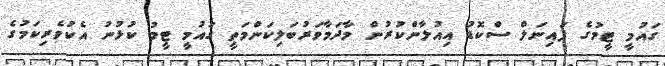
ގައުމީ ޓީމުގެ ފައިނަލް ސްކޮޑު އިއުލާންކުރުން މާދަމާވަރުބަލިކަންމަތީ ގައުމީ ޓީމު ކުޅުނު އެކުވެރިކަމުގެ